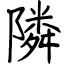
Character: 隣